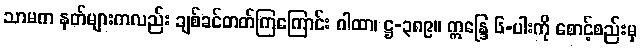
သာမက နတ်များကလည်း ချစ်ခင်တတ်ကြကြောင်း ဂါထာ၊ ဋ္ဌ-၃၈၉။ ဣန္ဒြေ ၆-ပါးကို စောင့်စည်းမှ